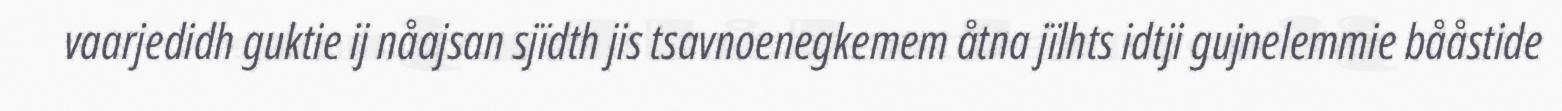
vaarjedidh guktie ij nåajsan sjïdth jis tsavnoenegkemem åtna jïlhts idtji gujnelemmie bååstide